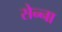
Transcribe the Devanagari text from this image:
सेन्‍ना